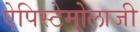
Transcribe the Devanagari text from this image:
ऐपिस्टेमोलाजी